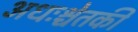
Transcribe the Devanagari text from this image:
अधःश्चेतकी